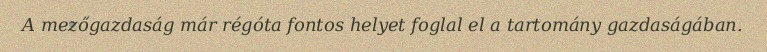
A mezőgazdaság már régóta fontos helyet foglal el a tartomány gazdaságában.